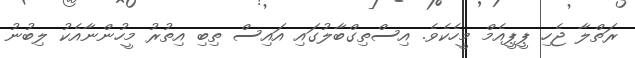
ރަތްލާ ޖެހި ޕީޕީއެމް މީހެކެވެ. އިސްތިގްބާލުގައި އައިސް ތިބި އިތުރު މީހުންނާއެކު ލިބުނު